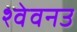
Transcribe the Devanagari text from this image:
श्वेवनउ